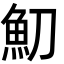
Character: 魛